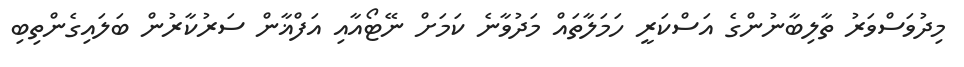
މިދުވަސްވަރު ތާލިބާނުންގެ އަސްކަރީ ހަމަލާތައް މަދުވާނެ ކަމަށް ނޭޓޯއާއި އަފްޣާން ސަރުކާރުން ބަލައިގެންތިބި